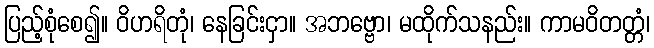
ပြည့်စုံစေ၍။ ဝိဟရိတုံ၊ နေခြင်းငှာ။ အဘဗ္ဗော၊ မထိုက်သနည်း။ ကာမဝိတတ္တံ၊